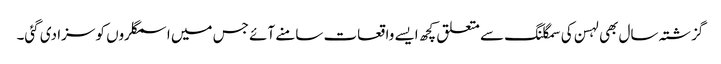
گزشتہ سال بھی لہسن کی سمگلنگ سے متعلق کچھ ایسے واقعات سامنے آئے جس میں اسمگلروں کو سزا دی گئی۔